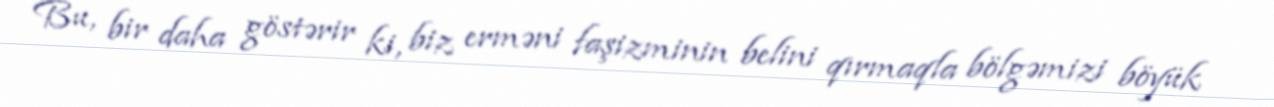
Bu, bir daha göstərir ki, biz erməni faşizminin belini qırmaqla bölgəmizi böyük